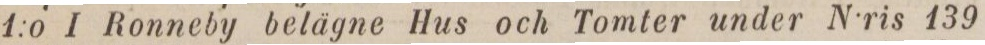
1:o I Ronneby belägne Hus och Tomter under N:ris 139